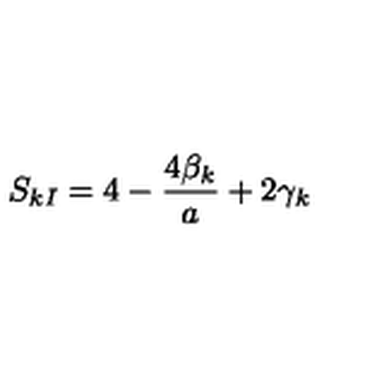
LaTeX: S _ { k I } = 4 - \frac { 4 \beta _ { k } } { a } + 2 \gamma _ { k }